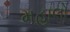
મહાલો